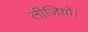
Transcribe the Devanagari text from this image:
लीजियो।